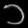
Digit: ၁